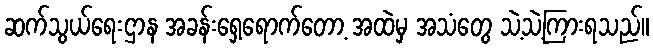
ဆက်သွယ်ရေးဌာန အခန်းရှေ့ရောက်တော့ အထဲမှ အသံတွေ သဲ့သဲ့ကြားရသည်။